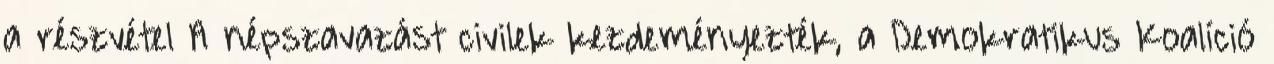
a részvétel A népszavazást civilek kezdeményezték, a Demokratikus Koalíció